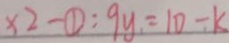
\times 2 - \textcircled { 1 } : 9 y = 1 0 - k